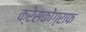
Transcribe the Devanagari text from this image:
क्रेसकोग्राफ